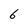
Character: 6